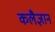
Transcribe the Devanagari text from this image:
कलैज्ञान